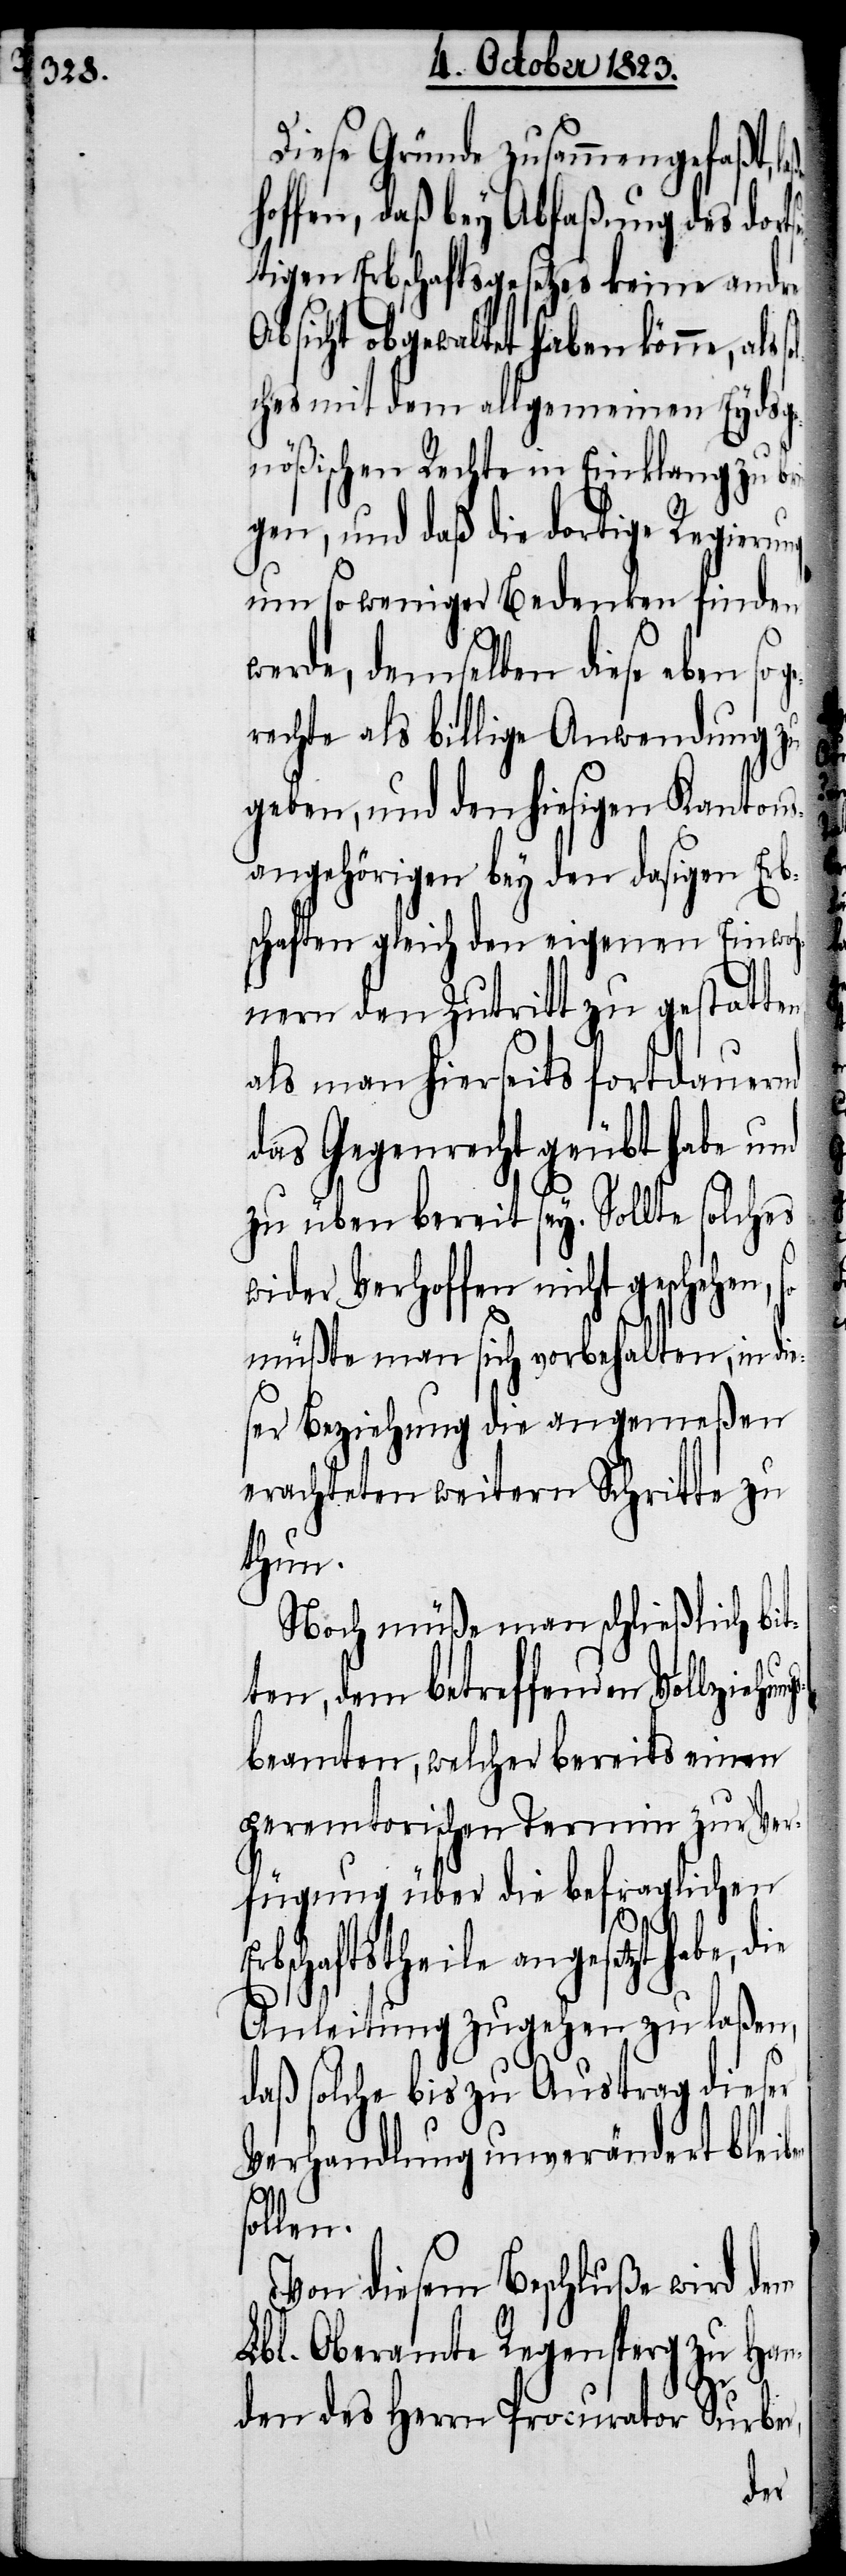
Diese Gründe zusammengefaßt, l¬
hoffen, daß bey Abfaßung des dorts¬
tigen Erbschaftsgesetzes keine andre
Absicht obgewaltet haben könne, als
ches mit dem allgemeinen Eydsg¬
enößischen Rechte in Einklang zu b¬
gen, und daß die dortige Regieru¬
um so weniger Bedenken finden
werde, demselben diese eben so
rechte als billige Anwendung zu
geben, und den hiesigen Kantons¬
angehörigen bey den dasigen Erb¬
schaften gleich den eigenen Einwoh¬
nern den Zutritt zu gestatte¬
als man hierseits fortdauernd
das Gegenrecht geübt habe und
zu üben bereit sey.
Erb¬
wider Verhoffen n¬
s¬
müßte man sich vorb¬
ser Beziehung die an¬
erachteten weitern Schr¬
thun.
Noch müße man schließlich bi¬
ten, dem betreffenden Vollzieh¬
sbeamten, welcher bereits einen
peremtorischen Termin zur Ver¬
fügung über die befraglichen
schaftstheile angesetzt
Anleitung zugehen zu laßen,
daß solche bis zu Austrag dieser
Verhandlung unverändert bleib¬
ollen.
Von diesem Beschluße wird dem
Lbl. Oberamte Regensperg zu Han¬
den des Herrn Procurator Surber,
die